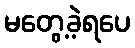
မတွေ့ခဲ့ရပေ